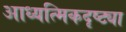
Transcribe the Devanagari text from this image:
आध्यत्मिकदृष्ट्या